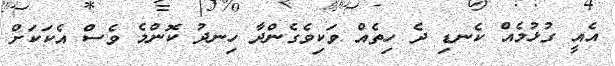
އެއީ ގުޅުމެއް ކެނޑި ދެ ހިތެއް ވަކިވެގެންދާ ހިނދު ކޮންމެ ވެސް އެކަކަށް